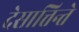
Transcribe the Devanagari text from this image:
देसात्तिन्ते